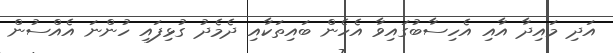
އަދި މައިދާ އާއި އެހިސާބުގައިވާ އެހެން ބައިތަކާއި ދެމެދު ގުޅިފައި ހުންނަ އެއްސުން